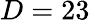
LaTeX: D=23